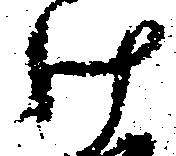
け